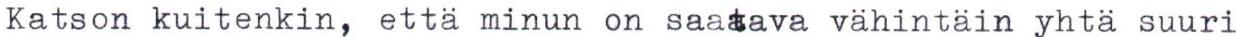
Katson kuitenkin, että minun on saatava vähintäin yhtä suuri